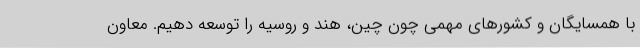
با همسایگان و کشورهای مهمی چون چین، هند و روسیه را توسعه دهیم. معاون